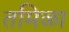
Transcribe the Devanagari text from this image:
तमिळा